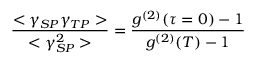
\frac { < \gamma _ { S P } \gamma _ { T P } > } { < \gamma _ { S P } ^ { 2 } > } = \frac { g ^ { ( 2 ) } ( \tau = 0 ) - 1 } { g ^ { ( 2 ) } ( T ) - 1 }